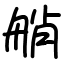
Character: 艄